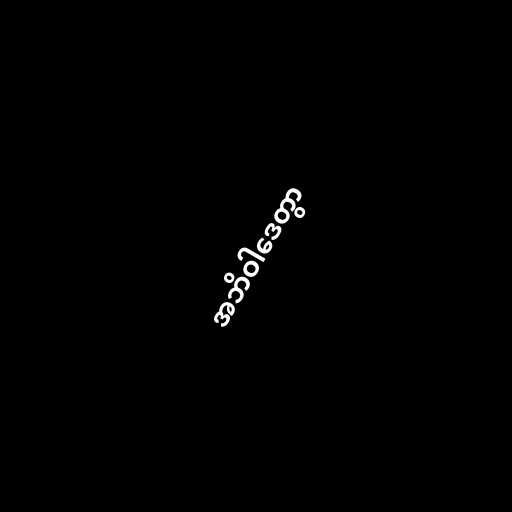
အဘိဝါဒေတွာ